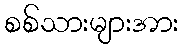
စစ်သားများအား